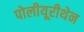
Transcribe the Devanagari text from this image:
पोलीयूरीथेन